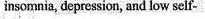
insomnia，depression，and low self-